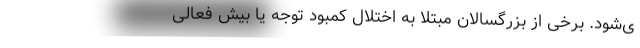
ی‌شود. برخی از بزرگسالان مبتلا به اختلال کمبود توجه یا بیش فعالی